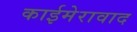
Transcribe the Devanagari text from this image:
काईमेरावाद